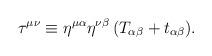
LaTeX: \begin{align*}\tau^{\mu\nu} \equiv \eta^{\mu \alpha} \eta^{\nu\beta}\,(T_{\alpha\beta}+t_{\alpha\beta}). \end{align*}